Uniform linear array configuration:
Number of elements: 24
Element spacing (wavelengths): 0.5
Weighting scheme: blackman
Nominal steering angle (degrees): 30
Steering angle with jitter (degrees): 28.441
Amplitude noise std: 0.05
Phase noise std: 0.05

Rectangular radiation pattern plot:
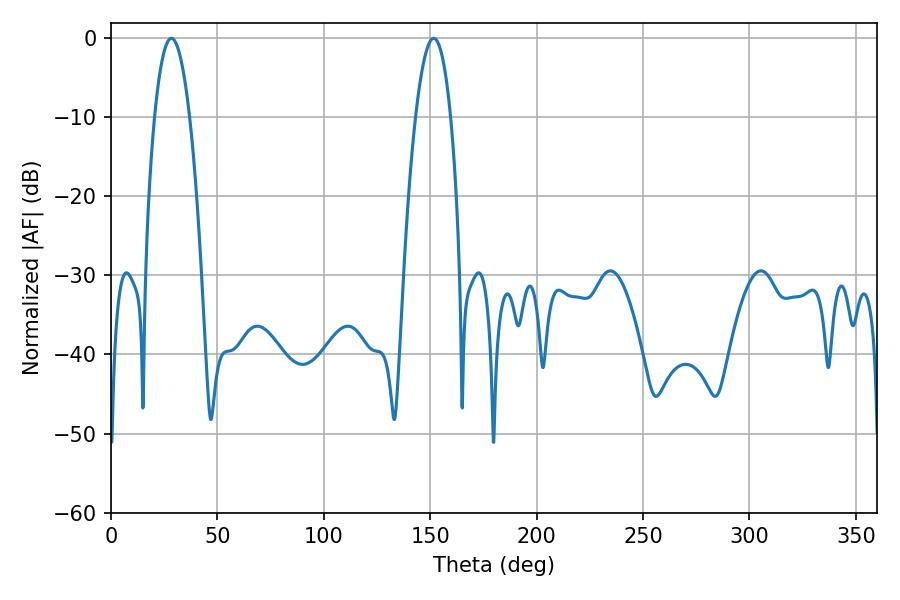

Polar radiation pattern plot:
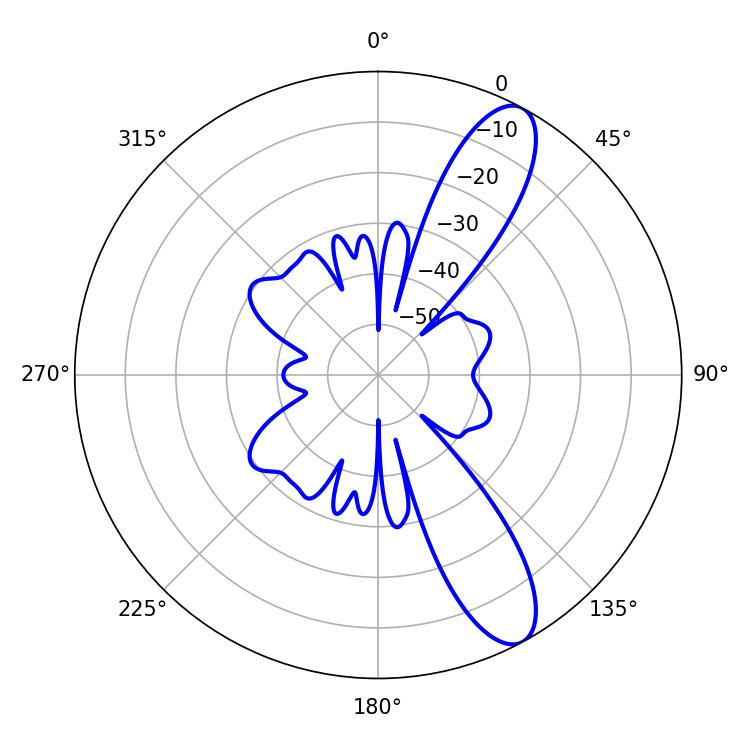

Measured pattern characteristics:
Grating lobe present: FALSE
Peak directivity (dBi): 10.923
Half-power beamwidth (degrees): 9
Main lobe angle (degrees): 28.44